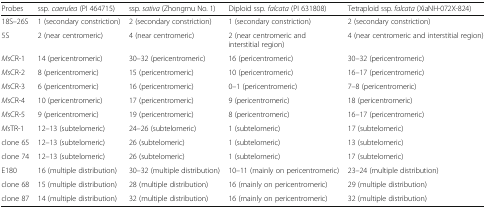
<table><thead><tr><td><b>Probes</b></td><td><b>ssp. <i>caerulea</i> (PI 464715)</b></td><td><b>ssp. <i>sativa</i> (Zhongmu No. 1)</b></td><td><b>Diploid ssp. <i>falcata</i> (PI 631808)</b></td><td><b>Tetraploid ssp. <i>falcata</i> (XiaNH-072X-824)</b></td></tr></thead><tbody><tr><td>18S–26S</td><td>1 (secondary constriction)</td><td>2 (secondary constriction)</td><td>1 (secondary constriction)</td><td>2 (secondary constriction)</td></tr><tr><td>5S</td><td>2 (near centromeric)</td><td>4 (near centromeric)</td><td>2 (near centromeric and interstitial region)</td><td>4 (near centromeric and interstitial region)</td></tr><tr><td><i>Ms</i>CR-1</td><td>14 (pericentromeric)</td><td>30–32 (pericentromeric)</td><td>16 (pericentromeric)</td><td>30–32 (pericentromeric)</td></tr><tr><td><i>Ms</i>CR-2</td><td>8 (pericentromeric)</td><td>15 (pericentromeric)</td><td>10 (pericentromeric)</td><td>16–17 (pericentromeric)</td></tr><tr><td><i>Ms</i>CR-3</td><td>6 (pericentromeric)</td><td>16 (pericentromeric)</td><td>0–1 (pericentromeric)</td><td>7–8 (pericentromeric)</td></tr><tr><td><i>Ms</i>CR-4</td><td>10 (pericentromeric)</td><td>17 (pericentromeric)</td><td>9 (pericentromeric)</td><td>18 (pericentromeric)</td></tr><tr><td><i>Ms</i>CR-5</td><td>9 (pericentromeric)</td><td>19 (pericentromeric)</td><td>8 (pericentromeric)</td><td>16–17 (pericentromeric)</td></tr><tr><td><i>Ms</i>TR-1</td><td>12–13 (subtelomeric)</td><td>24–26 (subtelomeric)</td><td>1 (subtelomeric)</td><td>17 (subtelomeric)</td></tr><tr><td>clone 65</td><td>12–13 (subtelomeric)</td><td>26 (subtelomeric)</td><td>1 (subtelomeric)</td><td>13 (subtelomeric)</td></tr><tr><td>clone 74</td><td>12–13 (subtelomeric)</td><td>26 (subtelomeric)</td><td>1 (subtelomeric)</td><td>17 (subtelomeric)</td></tr><tr><td>E180</td><td>16 (multiple distribution)</td><td>30–32 (multiple distribution)</td><td>10–11 (mainly on pericentromeric)</td><td>23–24 (multiple distribution)</td></tr><tr><td>clone 68</td><td>15 (multiple distribution)</td><td>28 (multiple distribution)</td><td>16 (mainly on pericentromeric)</td><td>29 (multiple distribution)</td></tr><tr><td>clone 87</td><td>14 (multiple distribution)</td><td>32 (multiple distribution)</td><td>16 (mainly on pericentromeric)</td><td>32 (multiple distribution)</td></tr></tbody></table>